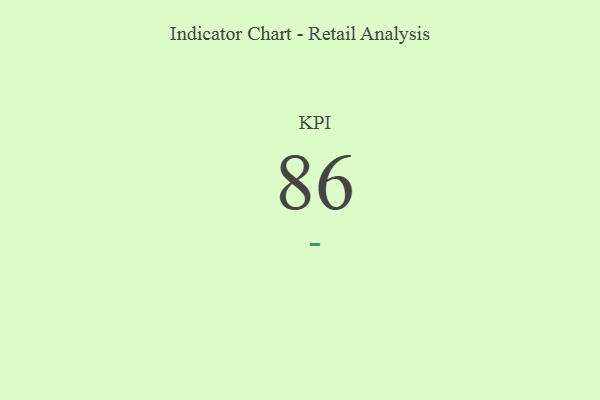
{"axis": {"x": "KPI", "y": "Value"}, "legend": [""], "data": [{"x": "KPI", "y": 86, "type": ""}]}